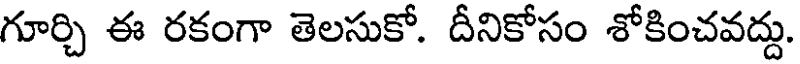
గూర్చి ఈ రకంగా తెలసుకో. దీనికోసం శోకించవద్దు.